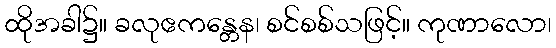
ထိုအခါ၌။ ခလုဧကန္တေန၊ စင်စစ်သဖြင့်။ ကုဏာလော၊